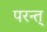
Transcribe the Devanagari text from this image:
परन्त्